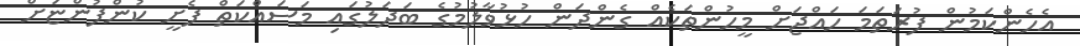
އެހެންކަމުން ފުރަތަމަ ހައްޖަށް މީހުންތަކެއް ގެންދަން ހުޅުވާލުމުގެ ބަދަލުގައި މަސައްކަތް ފެށީ ކުންފުންޏަށް